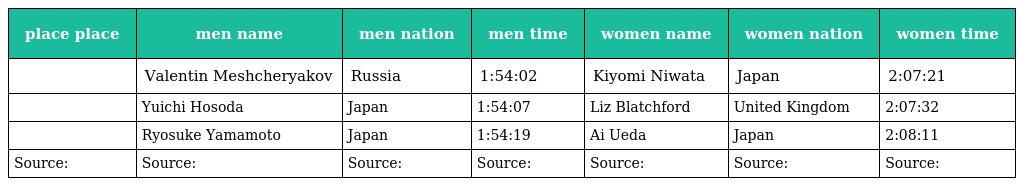
| place place | men name | men nation | men time | women name | women nation | women time |
 | --- | --- | --- | --- | --- | --- | --- |
 |  | Valentin Meshcheryakov | Russia | 1:54:02 | Kiyomi Niwata | Japan | 2:07:21 |
 |  | Yuichi Hosoda | Japan | 1:54:07 | Liz Blatchford | United Kingdom | 2:07:32 |
 |  | Ryosuke Yamamoto | Japan | 1:54:19 | Ai Ueda | Japan | 2:08:11 |
 | Source: | Source: | Source: | Source: | Source: | Source: | Source: |